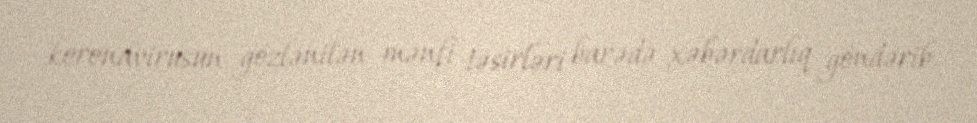
koronavirusun gözlənilən mənfi təsirləri barədə xəbərdarlıq göndərib.